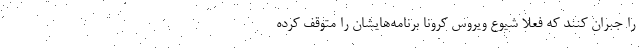
را جبران کنند که فعلا شیوع ویروس کرونا برنامه‌هایشان را متوقف کرده